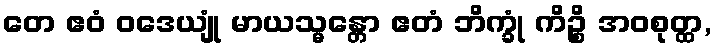
တေ ဧဝံ ဝဒေယျုံ မာယသ္မန္တော ဧတံ ဘိက္ခုံ ကိဉ္စိ အဝစုတ္ထ,